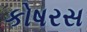
કોષરસ